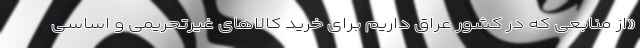
«از منابعی که در کشور عراق داریم برای خرید کالاهای غیرتحریمی و اساسی